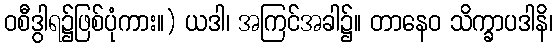
ဝစီဒွါရ၌ဖြစ်ပုံကား။) ယဒါ၊ အကြင်အခါ၌။ တာနေဝ သိက္ခာပဒါနိ၊